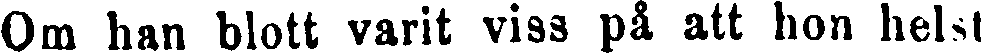
Om han blott varit viss på att hon helst